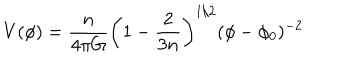
V ( \phi ) = { \frac { n } { 4 \pi G } } \left( 1 - { \frac { 2 } { 3 n } } \right) ^ { 1 / 2 } ( \phi - \phi _ { 0 } ) ^ { - 2 }